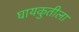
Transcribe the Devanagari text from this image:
घायकुतीला